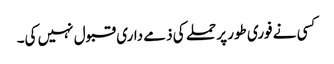
کسی نے فوری طور پر حملے کی ذمے داری قبول نہیں کی۔